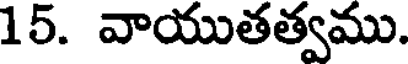
15. వాయుతత్వము.